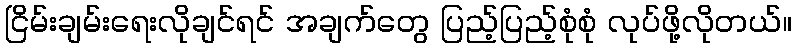
ငြိမ်းချမ်းရေးလိုချင်ရင် အချက်တွေ ပြည့်ပြည့်စုံစုံ လုပ်ဖို့လိုတယ်။